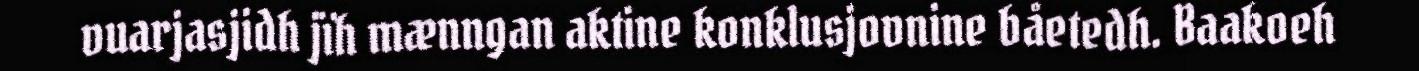
vuarjasjidh jïh mænngan aktine konklusjovnine båetedh. Baakoeh